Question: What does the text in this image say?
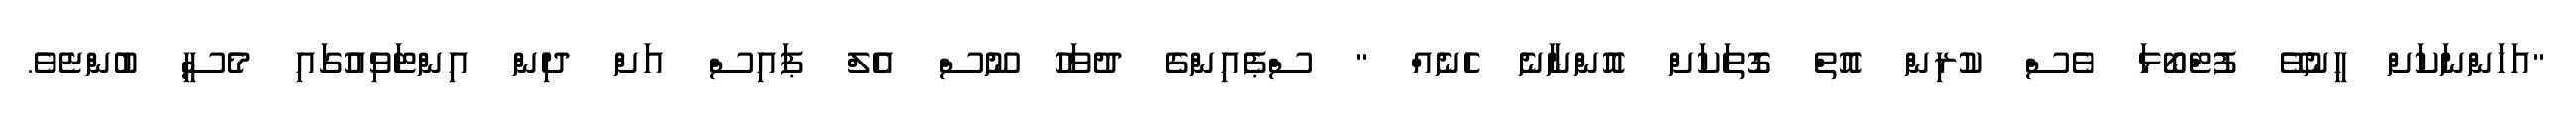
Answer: "އަހަންނަކަށް ހީނުވޭ ފުޓްބޯޅަ ވެސް ކުރިން އޮތް ގޮތަކަށް އޮންނާނެ ހެނެއް " ސްޕެއިންގެ ދުވަހު ނޫސް އެލް ޕައިސް އަށް ދިން އިންޓަވިއުގައި މެސީ ބުންޏެވެ.